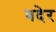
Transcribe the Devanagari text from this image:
वदेर